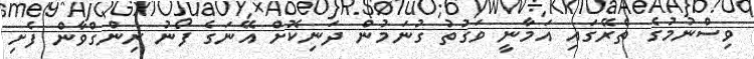
ވިސްނުމުގެ ތެރޭގައި އަމާނީ ވަގުތު ގުނަމުން ދަނިކޮށް އޭނަގެ ފޯނު ރިންގްވާން ފެށި